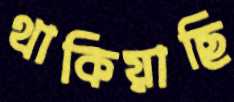
থাকিয়াছি